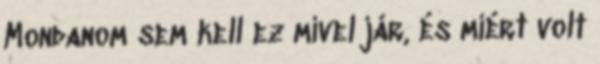
Mondanom sem kell ez mivel jár, és miért volt